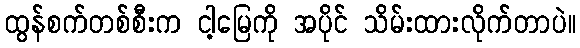
ထွန်စက်တစ်စီးက ငါ့မြေကို အပိုင် သိမ်းထားလိုက်တာပဲ။